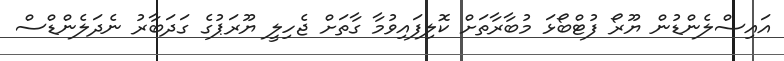
އައިސްލެންޑުން ޔޫރޯ ފުޓްބޯޅަ މުބާރާތަށް ކޮލިފައިވުމާ ގާތަށް ޖެހިލީ ޔޫރަޕުގެ ގަދަބާރު ނެދަލެންޑްސް